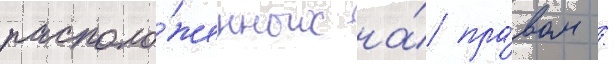
располо́женных на́ пра́вом /